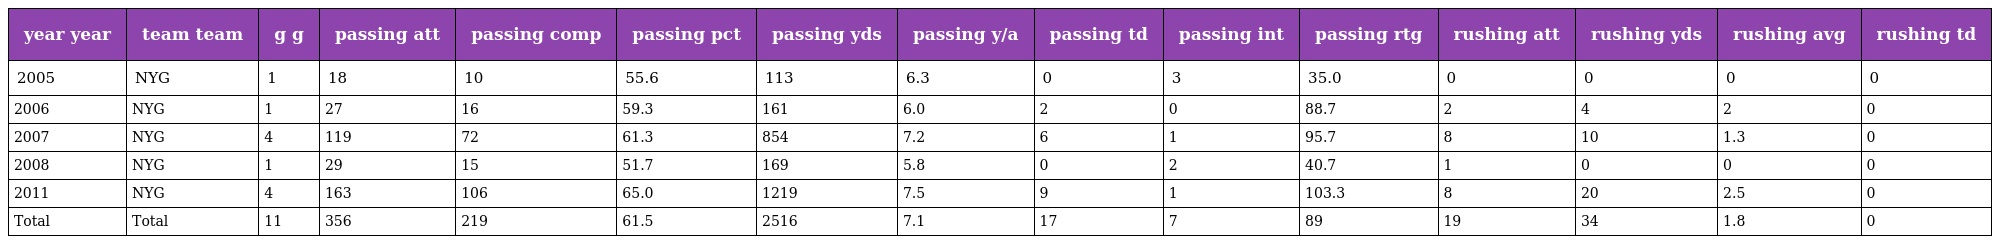
| year year | team team | g g | passing att | passing comp | passing pct | passing yds | passing y/a | passing td | passing int | passing rtg | rushing att | rushing yds | rushing avg | rushing td |
 | --- | --- | --- | --- | --- | --- | --- | --- | --- | --- | --- | --- | --- | --- | --- |
 | 2005 | NYG | 1 | 18 | 10 | 55.6 | 113 | 6.3 | 0 | 3 | 35.0 | 0 | 0 | 0 | 0 |
 | 2006 | NYG | 1 | 27 | 16 | 59.3 | 161 | 6.0 | 2 | 0 | 88.7 | 2 | 4 | 2 | 0 |
 | 2007 | NYG | 4 | 119 | 72 | 61.3 | 854 | 7.2 | 6 | 1 | 95.7 | 8 | 10 | 1.3 | 0 |
 | 2008 | NYG | 1 | 29 | 15 | 51.7 | 169 | 5.8 | 0 | 2 | 40.7 | 1 | 0 | 0 | 0 |
 | 2011 | NYG | 4 | 163 | 106 | 65.0 | 1219 | 7.5 | 9 | 1 | 103.3 | 8 | 20 | 2.5 | 0 |
 | Total | Total | 11 | 356 | 219 | 61.5 | 2516 | 7.1 | 17 | 7 | 89 | 19 | 34 | 1.8 | 0 |